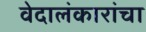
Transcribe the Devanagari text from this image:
वेदालंकारांचा